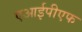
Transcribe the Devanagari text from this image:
एआईपीएफ